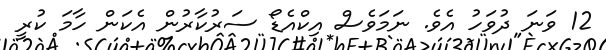
12 ވަނަ ދުވަހު އެވެ. ނަމަވެސް އިކްއެޑޯ ސަރުކާރުން އެކަން ހާމަ ކުރީ